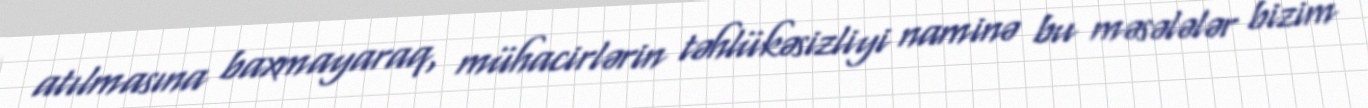
atılmasına baxmayaraq, mühacirlərin təhlükəsizliyi naminə bu məsələlər bizim